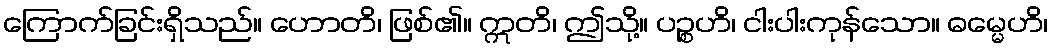
ကြောက်ခြင်းရှိသည်။ ဟောတိ၊ ဖြစ်၏။ ဣတိ၊ ဤသို့။ ပဉ္စဟိ၊ ငါးပါးကုန်သော။ ဓမ္မေဟိ၊